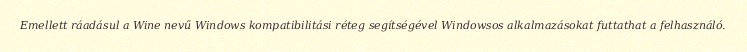
Emellett ráadásul a Wine nevű Windows kompatibilitási réteg segítségével Windowsos alkalmazásokat futtathat a felhasználó.